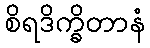
စိရဒိက္ခိတာနံ